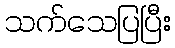
သက်သေပြပြီး